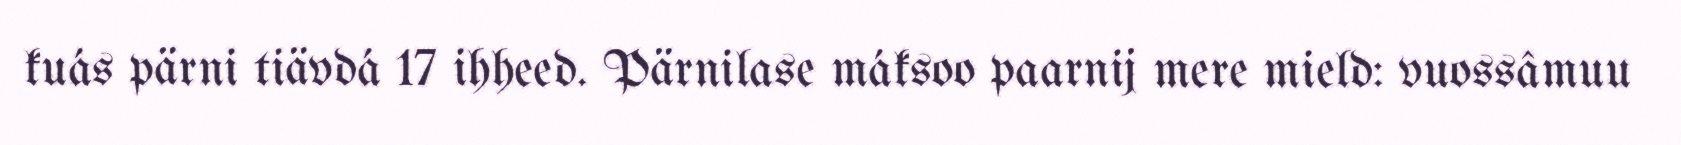
kuás pärni tiävdá 17 ihheed. Pärnilase máksoo paarnij mere mield: vuossâmuu